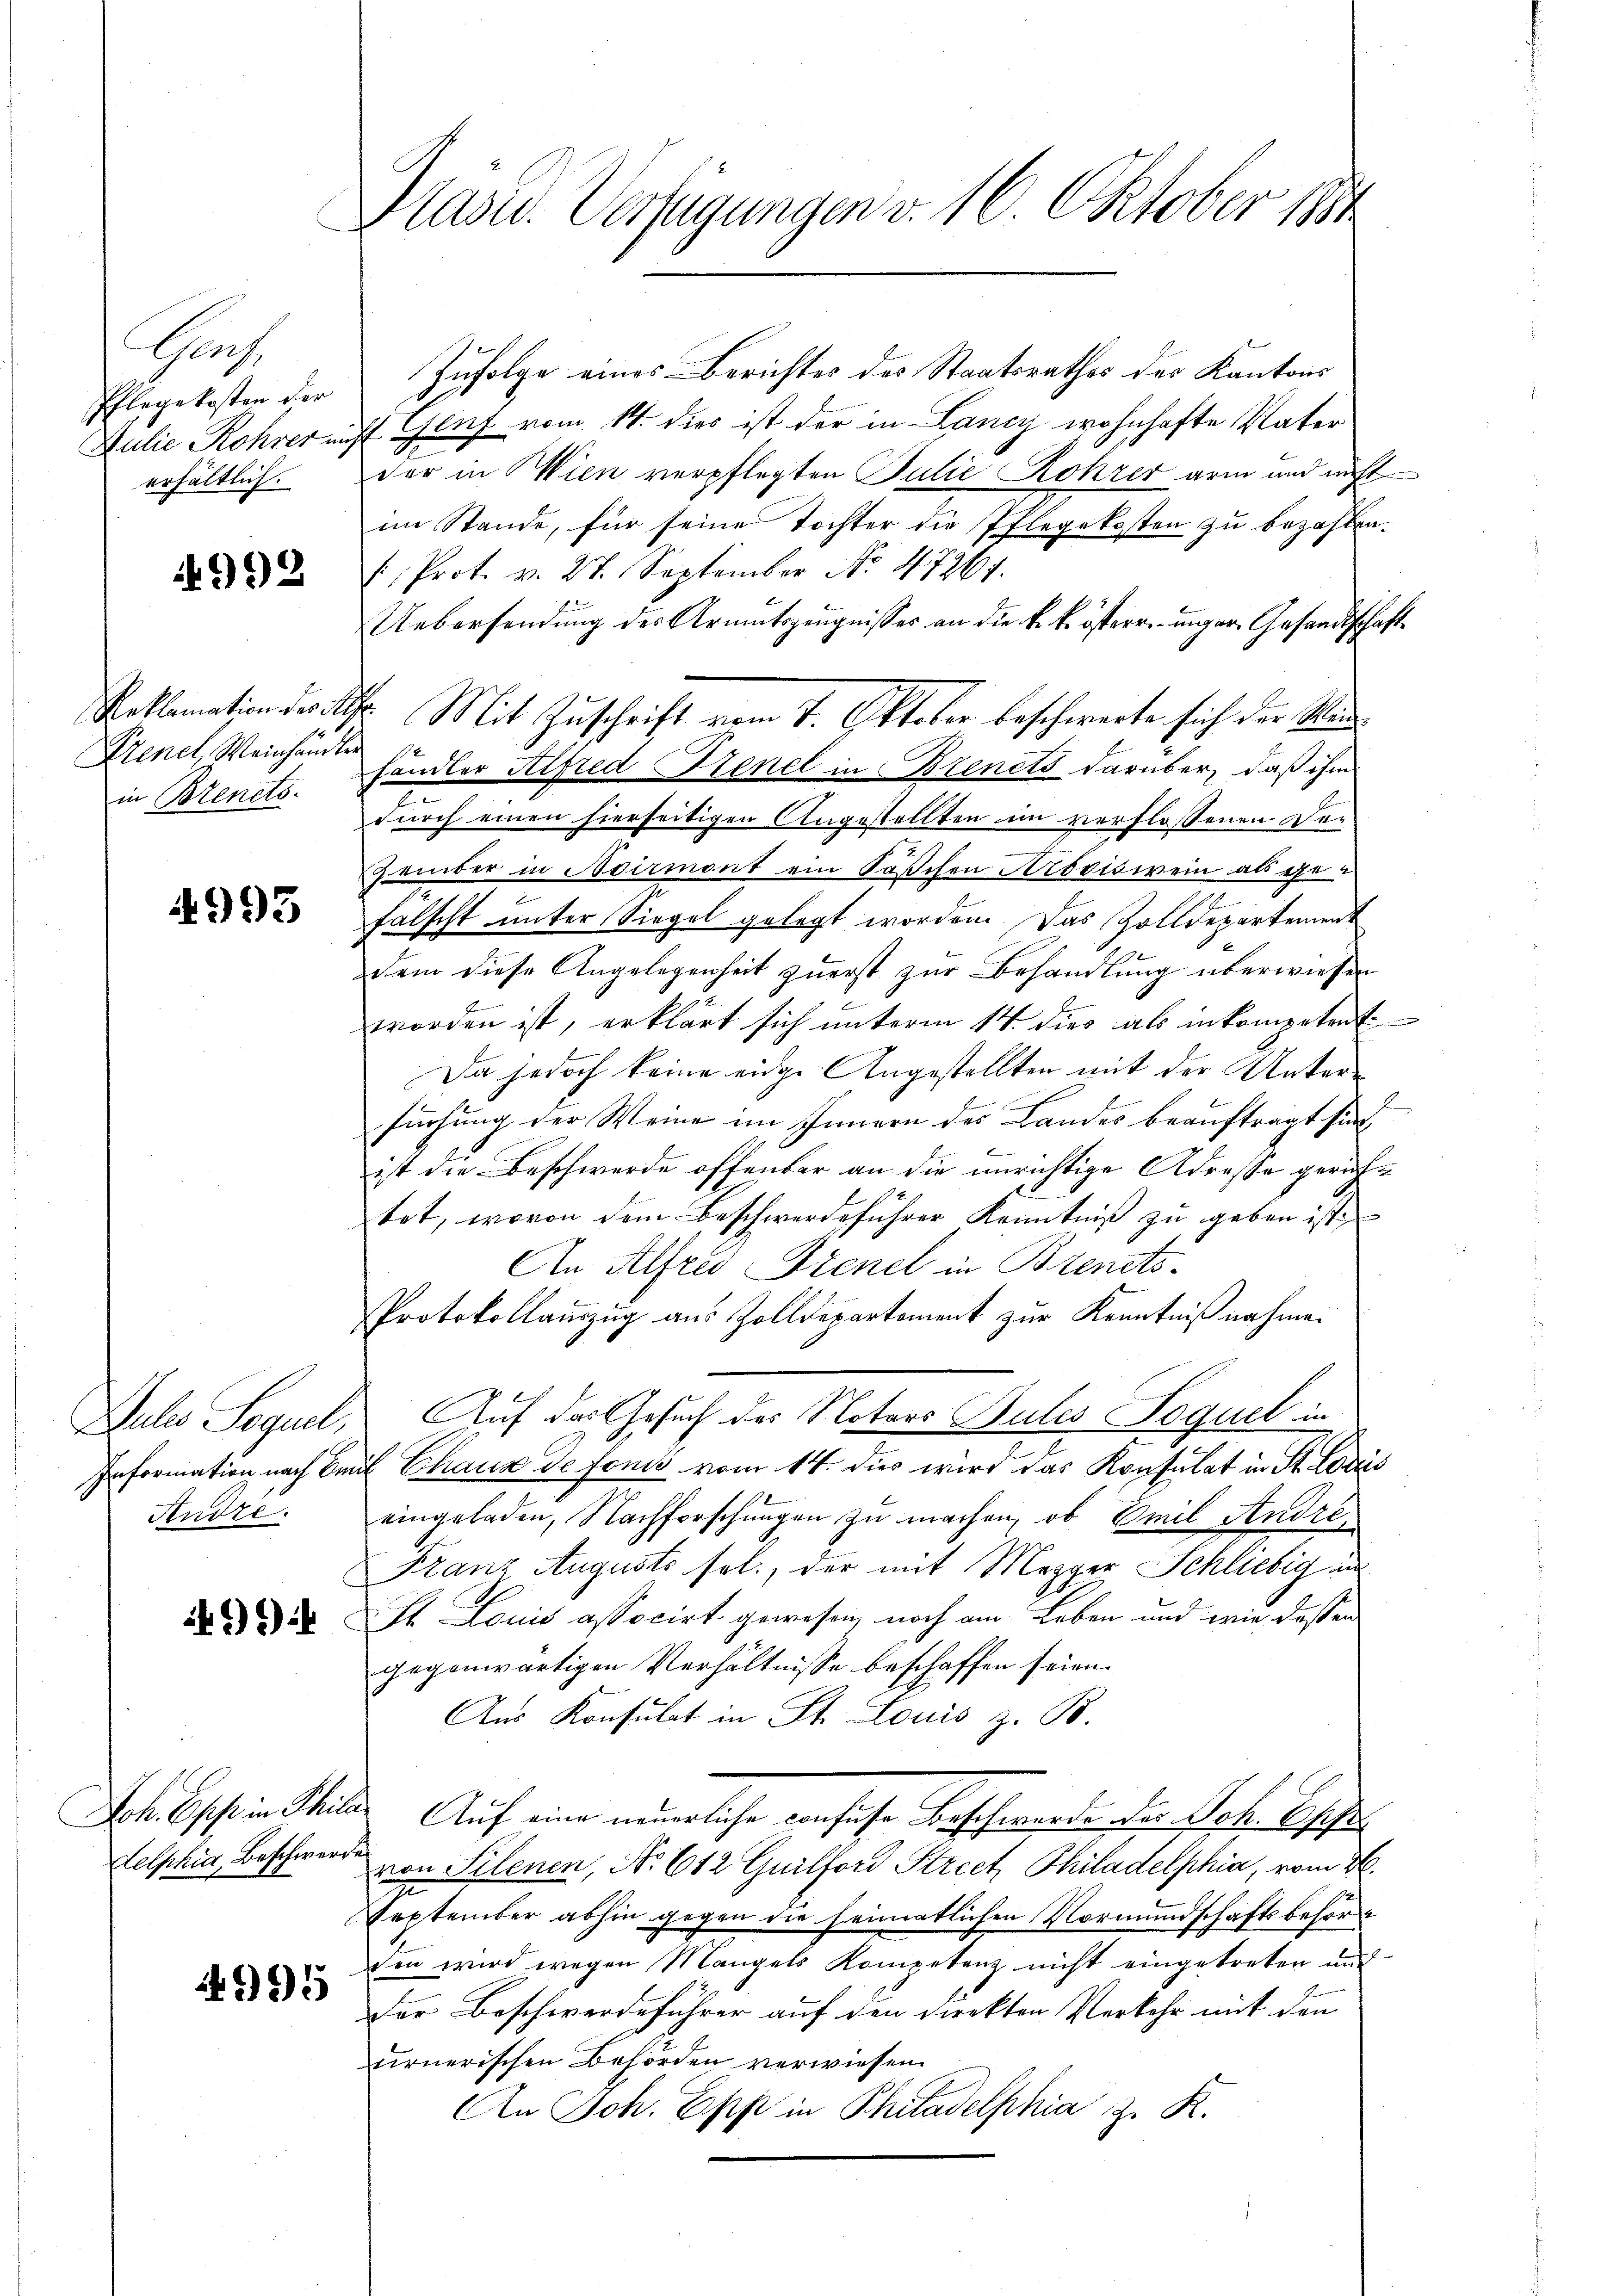
Gas.
Pflegekosten der
Julie Rohrer un
erhältlich.

992

Reklamation des St
Kenel, Weinhändler
in Brenets.

4993

Julio Sequel,
Information nach Em
Andre.

*9)

Joh. Chef in Phila
delphia Beschwerde

9915

Hasu. Verfügungen v. 16. Oktober 1884

Zufolge eines Berichtes des Staatsrathes des Kantons
H Genf vom 14. dies ist der in Lancy wohnhafte Vater
der in Wien verpflegten Julie Rohrer arm und nicht
im Stande, für seine Tochter die Pflegekosten zu bezahlen.
(. Prot. v. 27. September No. 47261.
Uebersendung des Armutszeugnisses an die k. k. österre unger Gesandtschafte
händler Hirzed Benel in Bienets darüber, daß ihm
durch einen hierseitigen Angestellten im verflossenen De¬
Zember in Noirmont ein Sachen Aroviswein als gefalscht unter Siegel gelegt worden. Das Zolldepartement
dem diese Angelegenheit zuerst zur Behandlung überwiesen
worden ist, erklärt sich unterm 14. dies als inkompetent
Da jedoch keine eidge Angestellten mit der Unterfüchung der Weine im Innern des Landes beauftragt sind
ist die Beschwerde offenbar an die unrichtige Adresse gerichtet, wovon dem Beschwerdeführer Kenntniß zu geben ist,
An Alfred Frenel in Bienets.
Protokollauszug aus Zolldepartement zur Kenntnißnahmen
Auf das Gesuch des Notars Bules Foguel in
e Chaux de fonis vom 14. dies wird das Konsulat in St. Loriis
eingeladen, Nachforschungen zu machen, ob Emil Andre
Franz Augusts sel., der mit Mezger Schliebig un
It. Louis associrt gewesen, noch am Leben und wie deßen
gegenwärtigen Verhältnisse beschaffen seien.
Aus Konsulat in St. Louis z. B.
Auf eine neuerliche confuse Beschwerde der Joh. beschen
von Silenen, No 612 Gurlford Street Philadelphia, vom 26.
September abhin gegen die heimatlichen Vormundschaftsbehörde
den wird wegen Mangels Kompetenz nicht eingetreten und
Der Beschwerdeführer auf den direkten Verkehr mit den
urnerischen Behörden verwiesen.
An Joh. Epp in Philadelphia z. K.

I. Mit Zuschrift vom 7. Oktober beschwerte sich der Stand¬